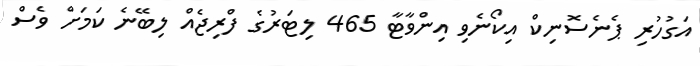
އަގުހުރި ޕެނެސޮނިކް އިކޯނެވި އިންވާޓާ 465 ލިޓަރުގެ ފްރިޖެއް ލިބޭނެ ކަމަށް ވެސް